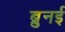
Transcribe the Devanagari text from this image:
ब्रुनई